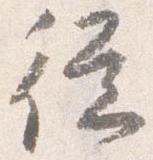
従